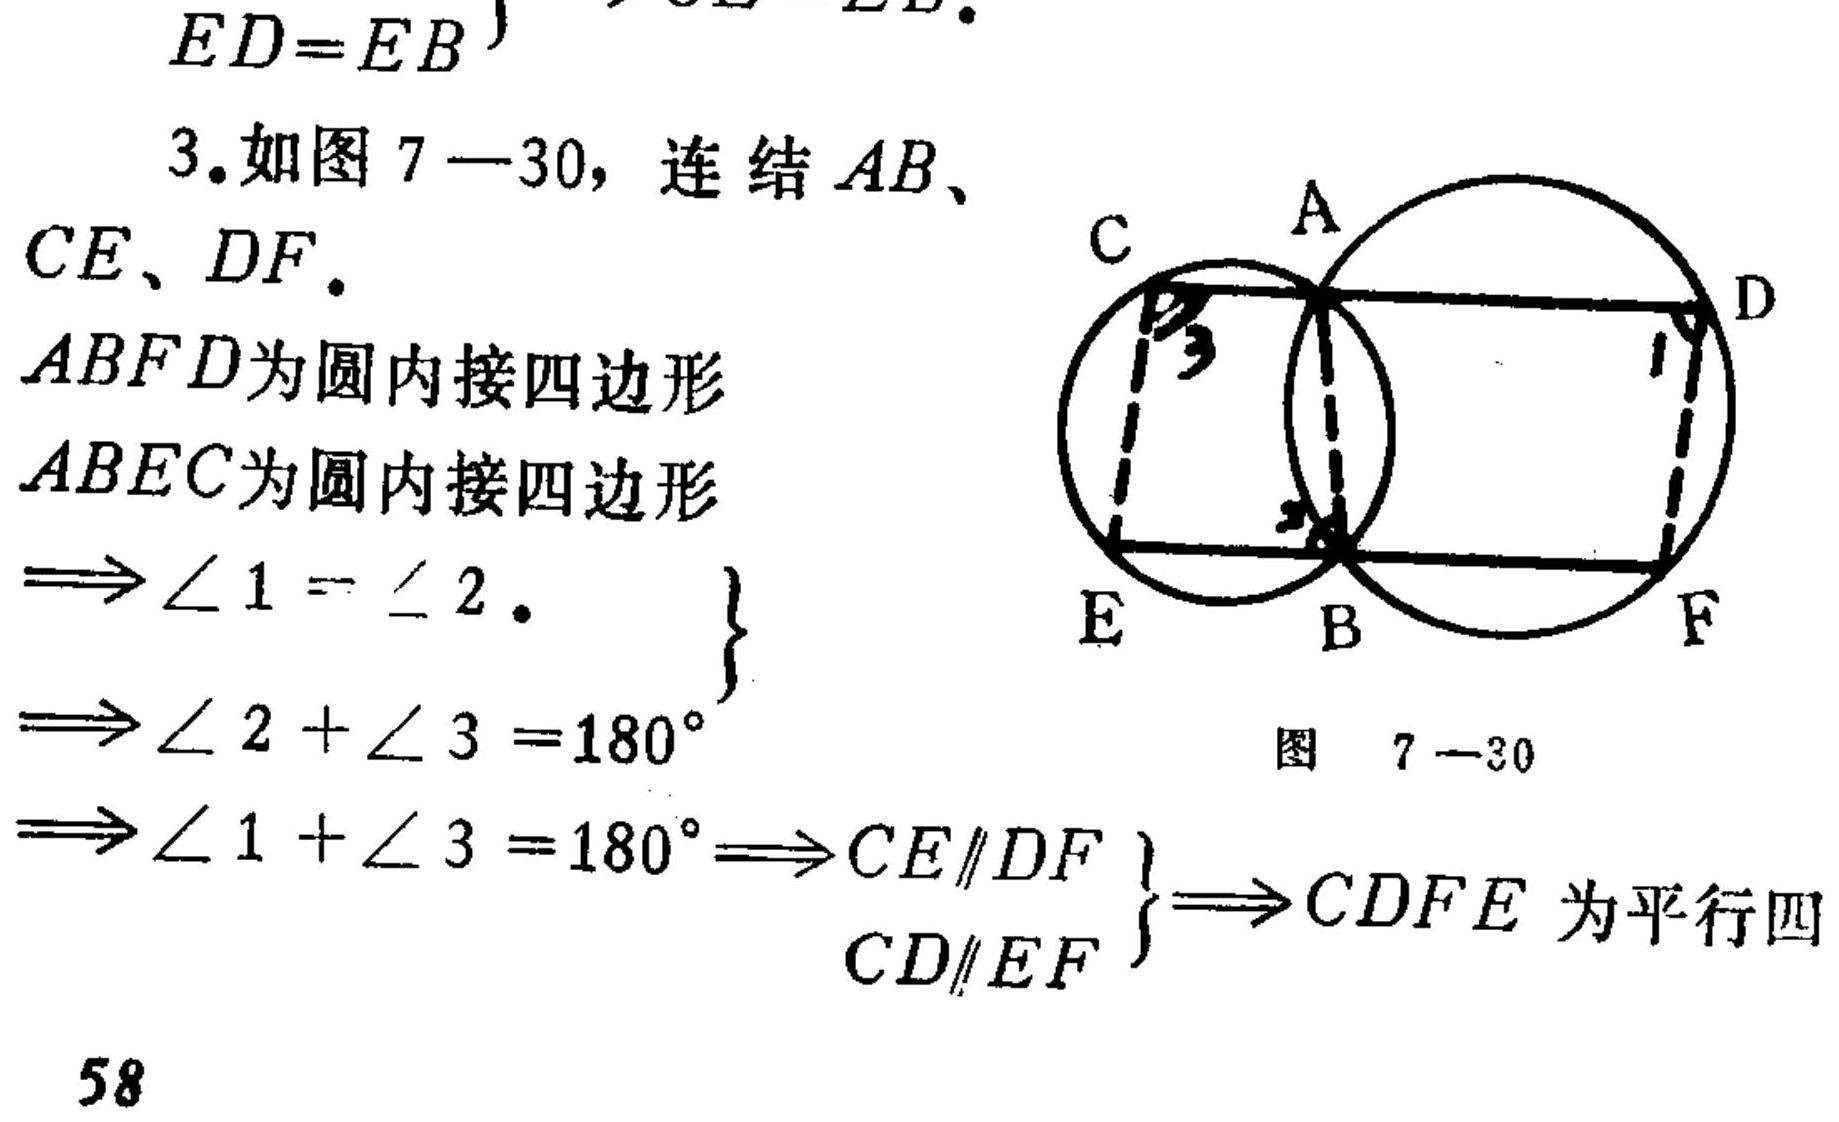
\[
\begin{align*}
ED&=EB\\
\end{align*}
\]
3. 如图7 - 30，连结\(AB\)、\(CE\)、\(DF\).
\(ABFD\)为圆内接四边形
\(ABEC\)为圆内接四边形
\(\Rightarrow\angle1 = \angle2\).
\(\left.\begin{array}{l}
\Rightarrow\angle2+\angle3 = 180^{\circ}\\
\Rightarrow\angle1+\angle3 = 180^{\circ}\Rightarrow CE\parallel DF\\
CD\parallel EF
\end{array}\right\}\Rightarrow CDFE\text{ 为平行四}
\]
图 7 - 30
58